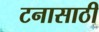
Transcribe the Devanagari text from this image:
टनासाठी